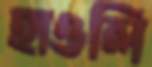
হাওলি